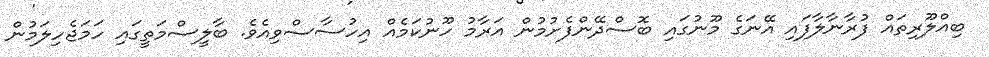
ބިއްލޫރިތައް ފުރާނާލާފައި އޭނަގެ މޫނުގައި ބޮސްދޭންފެށުމުން އަރާމު ހޫނުކަމެއް އިހުސާސްވިއެވެ. ބާލީސްމަތީގައި ހަމަޖެހިލަމުން